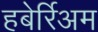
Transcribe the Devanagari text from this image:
हबेर्रिअम